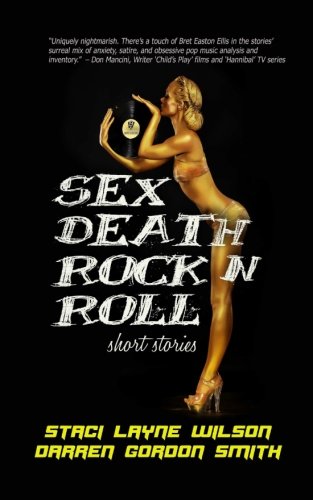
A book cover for Sex Death Rock N Roll: Short Stories; Staci Layne Wilson; Literature & Fiction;